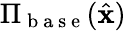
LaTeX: {\Pi}_{\mathrm{~b~a~s~e~}}(\hat{\mathbf{x}})